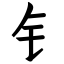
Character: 钅